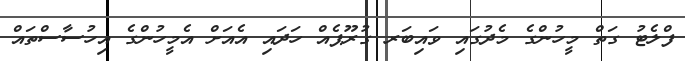
ފްލެޓު ގަތް މީހުންގެ މެދުގައި ވައިބަރ ގުރޫޕެއް ހަދައި އެއަށް އެމީހުންގެ އިހުސާސްތައް